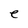
Character: e